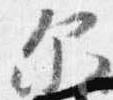
示